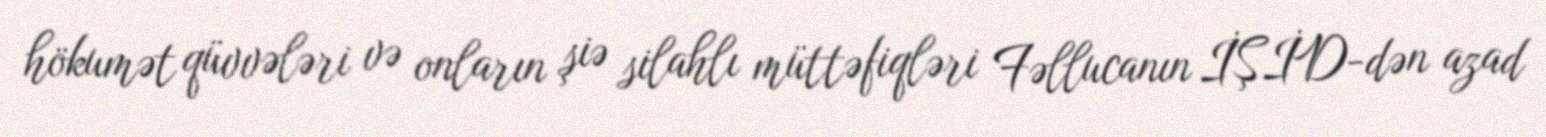
hökumət qüvvələri və onların şiə silahlı müttəfiqləri Fəllucanın İŞİD-dən azad